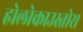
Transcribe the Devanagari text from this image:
होलोकाउस्तोस